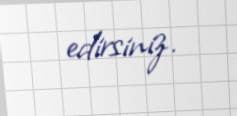
edirsiniz.